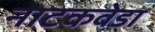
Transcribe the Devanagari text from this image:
नाटकवेडा